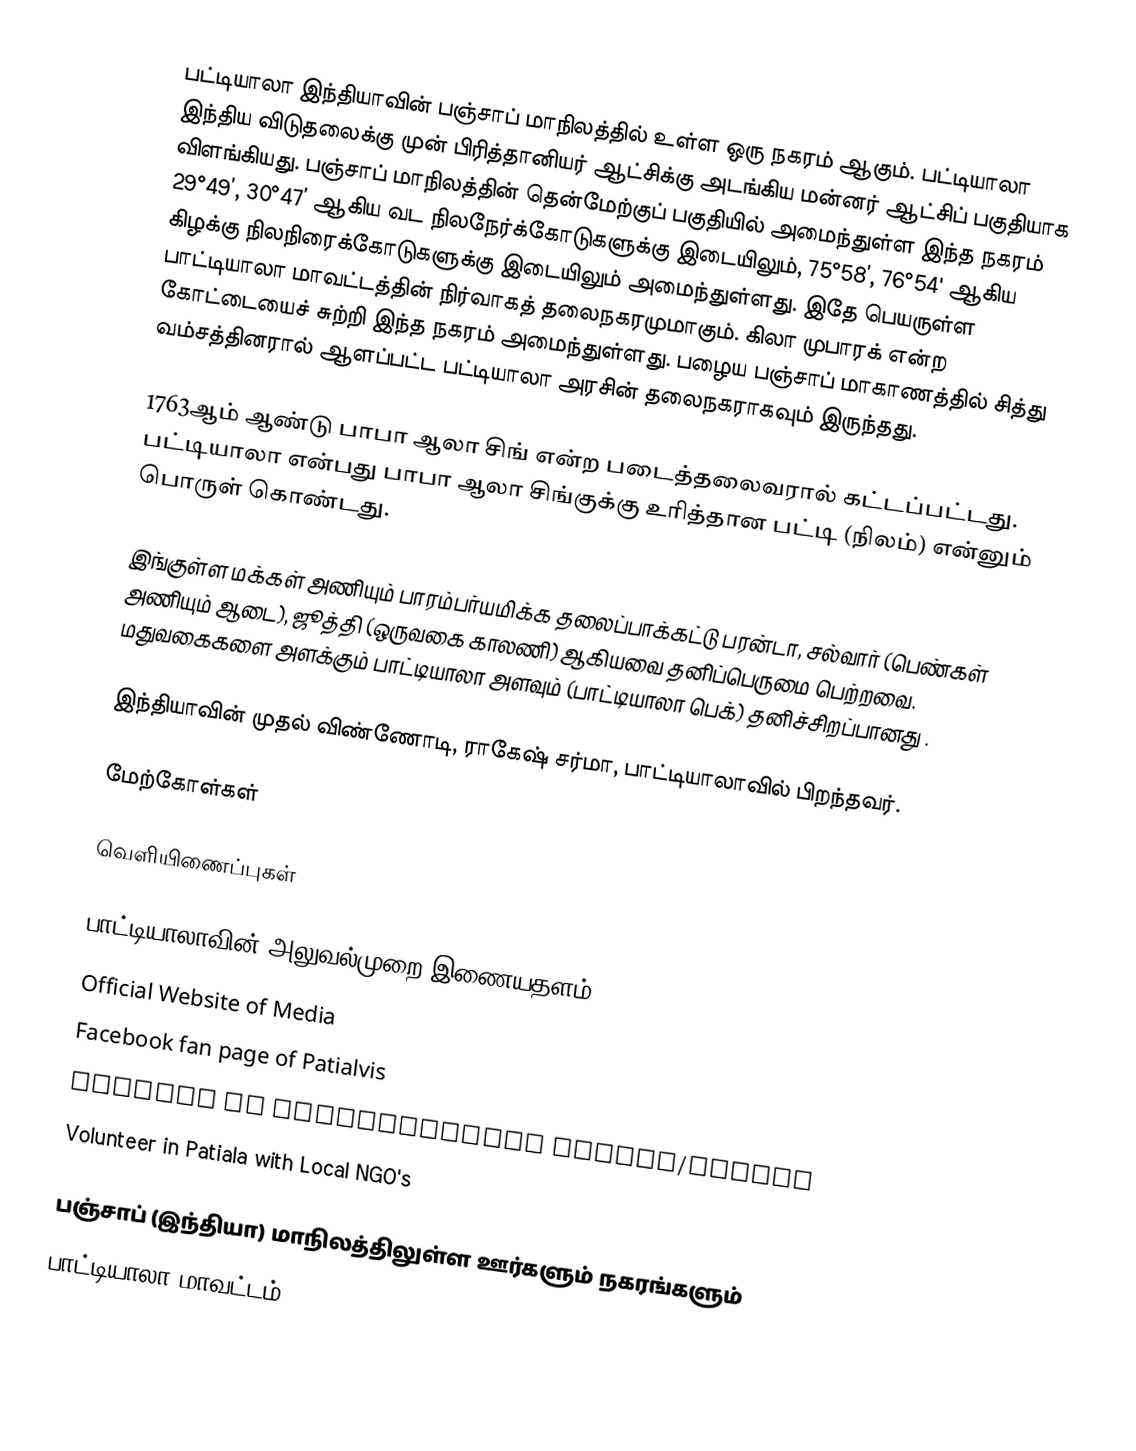
பட்டியாலா இந்தியாவின் பஞ்சாப் மாநிலத்தில் உள்ள ஒரு நகரம் ஆகும். பட்டியாலா இந்திய விடுதலைக்கு முன் பிரித்தானியர் ஆட்சிக்கு அடங்கிய மன்னர் ஆட்சிப் பகுதியாக விளங்கியது. பஞ்சாப் மாநிலத்தின் தென்மேற்குப் பகுதியில் அமைந்துள்ள இந்த நகரம்  29°49’, 30°47’ ஆகிய வட நிலநேர்க்கோடுகளுக்கு இடையிலும், 75°58’, 76°54' ஆகிய கிழக்கு நிலநிரைக்கோடுகளுக்கு இடையிலும் அமைந்துள்ளது. இதே பெயருள்ள பாட்டியாலா மாவட்டத்தின் நிர்வாகத் தலைநகரமுமாகும்.  கிலா முபாரக் என்ற கோட்டையைச் சுற்றி இந்த நகரம் அமைந்துள்ளது. பழைய பஞ்சாப் மாகாணத்தில் சித்து வம்சத்தினரால் ஆளப்பட்ட பட்டியாலா அரசின் தலைநகராகவும் இருந்தது.

1763ஆம் ஆண்டு பாபா ஆலா சிங் என்ற படைத்தலைவரால் கட்டப்பட்டது. பட்டியாலா என்பது பாபா ஆலா சிங்குக்கு உரித்தான பட்டி (நிலம்) என்னும் பொருள் கொண்டது.

இங்குள்ள மக்கள் அணியும் பாரம்பர்யமிக்க தலைப்பாக்கட்டு  பரன்டா, சல்வார் (பெண்கள் அணியும் ஆடை), ஜூத்தி (ஒருவகை காலணி) ஆகியவை தனிப்பெருமை பெற்றவை. மதுவகைகளை அளக்கும் பாட்டியாலா அளவும் (பாட்டியாலா பெக்) தனிச்சிறப்பானது .

இந்தியாவின் முதல்  விண்ணோடி, ராகேஷ் சர்மா, பாட்டியாலாவில் பிறந்தவர்.

மேற்கோள்கள்

வெளியிணைப்புகள்

பாட்டியாலாவின் அலுவல்முறை இணையதளம்
Official Website of Media
Facebook fan page of Patialvis
Website of international shayri/poetry
Volunteer in Patiala with Local NGO's

பஞ்சாப் (இந்தியா) மாநிலத்திலுள்ள ஊர்களும் நகரங்களும்
பாட்டியாலா மாவட்டம்